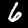
Label: 6